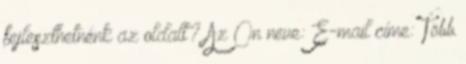
fejleszthetnénk az oldalt? Az Ön neve: E-mail címe: Több